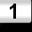
Digit: 1